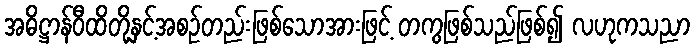
အဓိဋ္ဌာန်ဝီထိတို့နှင့်အစဉ်တည်းဖြစ်သောအားဖြင့် တကွဖြစ်သည်ဖြစ်၍ လဟုကသညာ